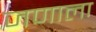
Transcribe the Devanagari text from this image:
जणाला